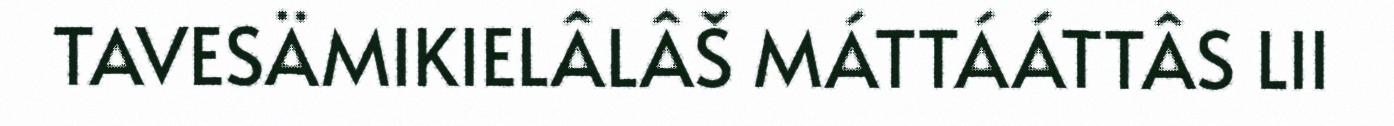
TAVESÄMIKIELÂLÂŠ MÁTTÁÁTTÂS LII